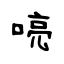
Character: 喨